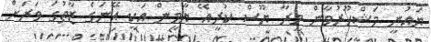
ޔައުނީ މަޝްހޫރުވާން މީރާ ޔޫސް ކުރީއޭ ޔާމީން އަކީ އޭނަގެ ޒާތުގަ ވަރަށް